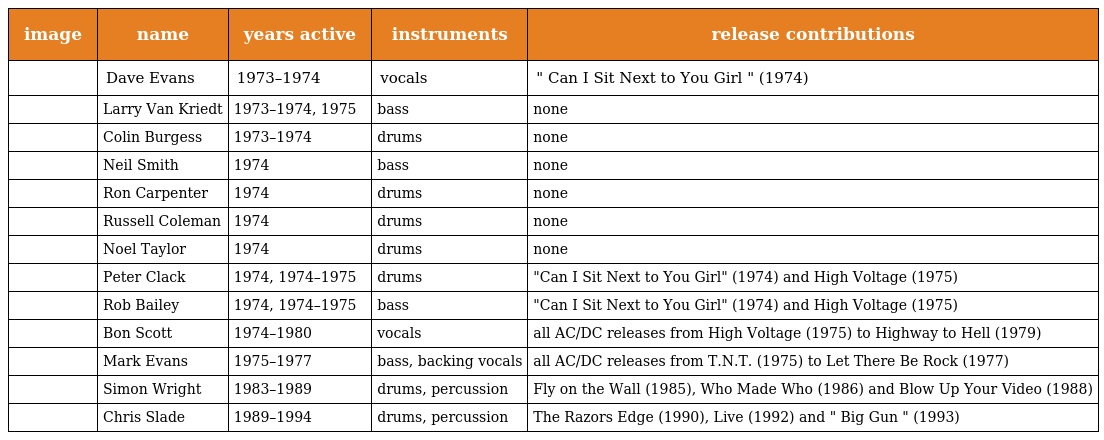
| image | name | years active | instruments | release contributions |
 | --- | --- | --- | --- | --- |
 |  | Dave Evans | 1973–1974 | vocals | " Can I Sit Next to You Girl " (1974) |
 |  | Larry Van Kriedt | 1973–1974, 1975 | bass | none |
 |  | Colin Burgess | 1973–1974 | drums | none |
 |  | Neil Smith | 1974 | bass | none |
 |  | Ron Carpenter | 1974 | drums | none |
 |  | Russell Coleman | 1974 | drums | none |
 |  | Noel Taylor | 1974 | drums | none |
 |  | Peter Clack | 1974, 1974–1975 | drums | "Can I Sit Next to You Girl" (1974) and High Voltage (1975) |
 |  | Rob Bailey | 1974, 1974–1975 | bass | "Can I Sit Next to You Girl" (1974) and High Voltage (1975) |
 |  | Bon Scott | 1974–1980 | vocals | all AC/DC releases from High Voltage (1975) to Highway to Hell (1979) |
 |  | Mark Evans | 1975–1977 | bass, backing vocals | all AC/DC releases from T.N.T. (1975) to Let There Be Rock (1977) |
 |  | Simon Wright | 1983–1989 | drums, percussion | Fly on the Wall (1985), Who Made Who (1986) and Blow Up Your Video (1988) |
 |  | Chris Slade | 1989–1994 | drums, percussion | The Razors Edge (1990), Live (1992) and " Big Gun " (1993) |